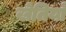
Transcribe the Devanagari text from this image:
खेतियाँ